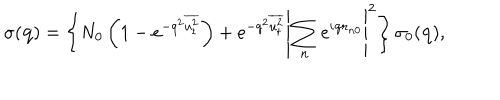
LaTeX: \sigma ( { \bf q } ) = \left\{ N _ { 0 } \left( 1 - e ^ { - q ^ { 2 } \overline { { { u _ { t } ^ { 2 } } } } } \right) + e ^ { - q ^ { 2 } \overline { { { u _ { t } ^ { 2 } } } } } \left| \sum _ { n } e ^ { i { \bf q r } _ { n 0 } } \right| ^ { 2 } \right\} \sigma _ { 0 } ( { \bf q } ) ,